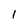
Character: l